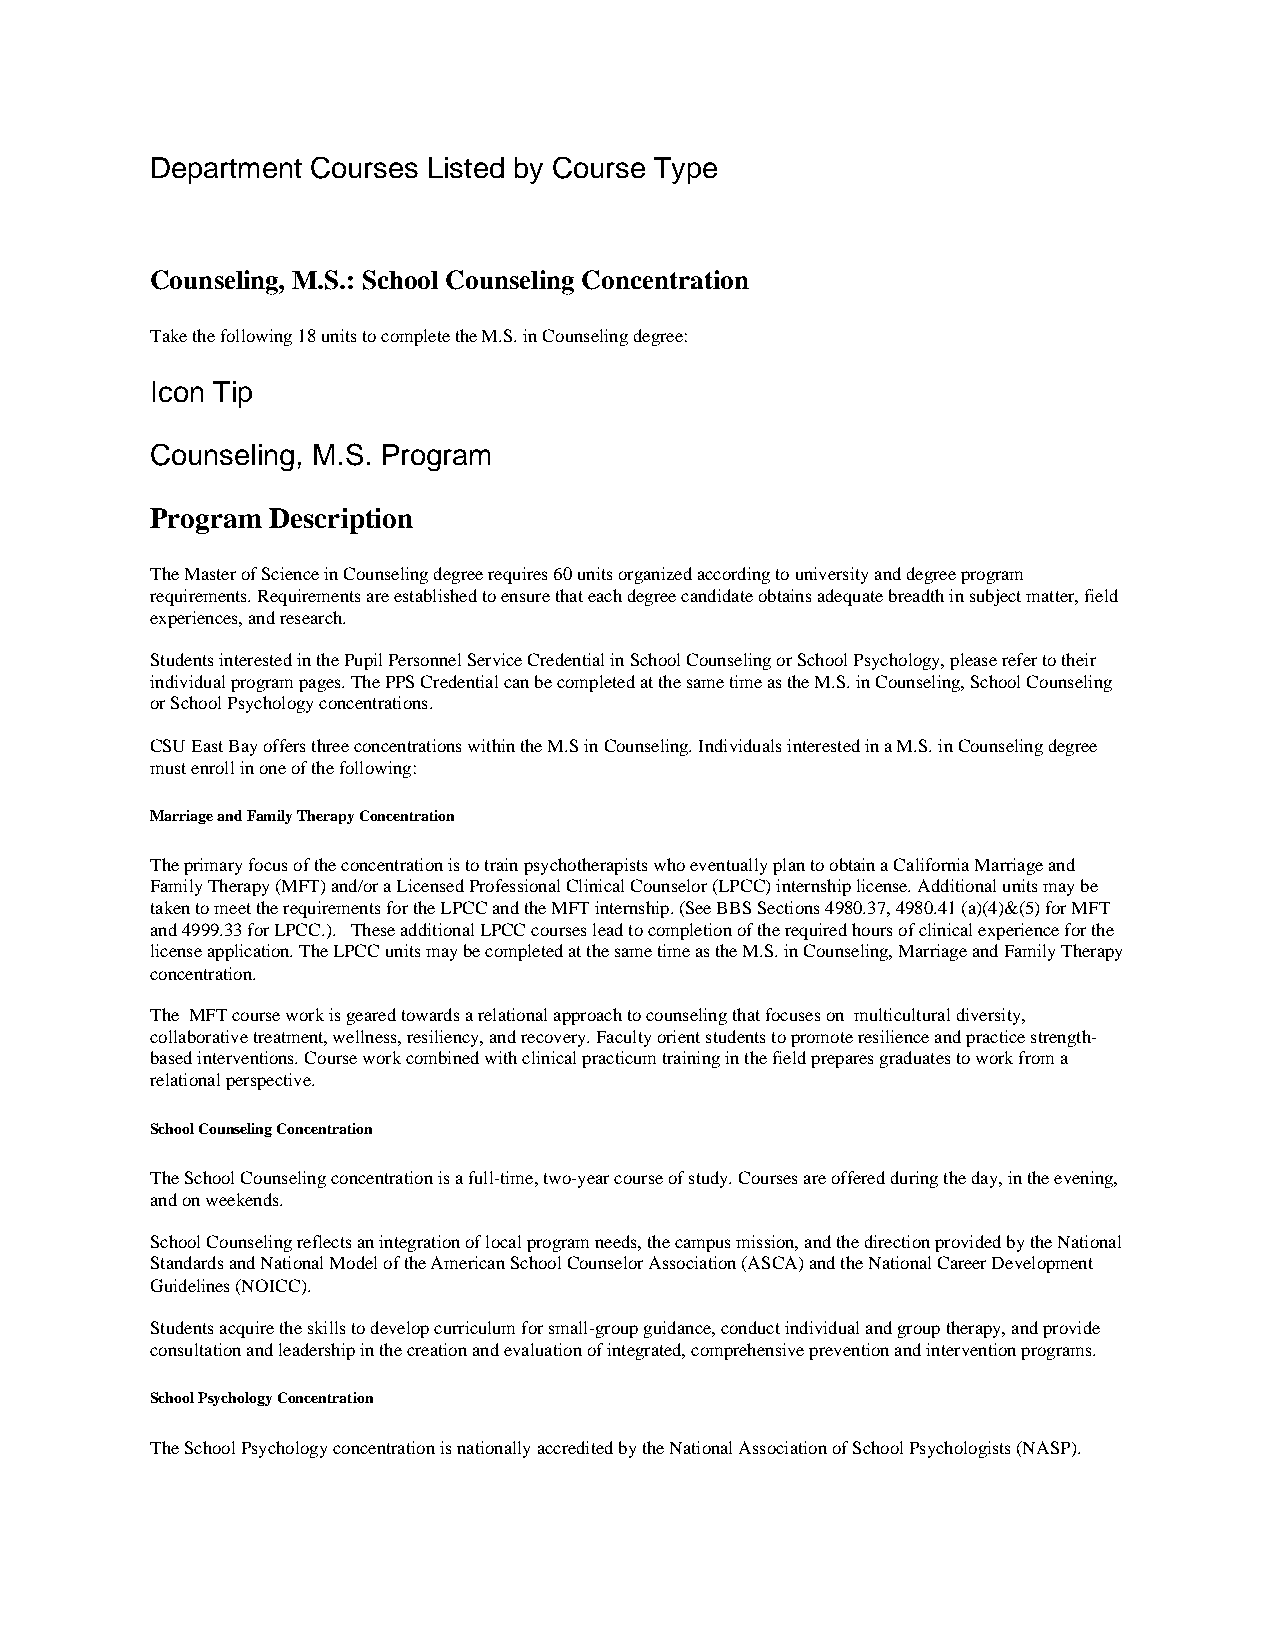
Department Courses Listed by Course Type
 Counseling, M.S.: School Counseling Concentration
 Take the following 18 units to complete the M.S. in Counseling degree:
 Icon Tip
 Counseling, M.S. Program
 Program Description
 The Master of Science in Counseling degree requires 60 units organized according to university and degree program
 requirements. Requirements are established to ensure that each degree candidate obtains adequate breadth in subject matter, field
 experiences, and research.
 Students interested in the Pupil Personnel Service Credential in School Counseling or School Psychology, please refer to their
 individual program pages. The PPS Credential can be completed at the same time as the M.S. in Counseling, School Counseling
 or School Psychology concentrations.
 CSU East Bay offers three concentrations within the M.S in Counseling. Individuals interested in a M.S. in Counseling degree
 must enroll in one of the following:
 Marriage and Family Therapy Concentration
 The primary focus of the concentration is to train psychotherapists who eventually plan to obtain a California Marriage and
 Family Therapy (MFT) and/or a Licensed Professional Clinical Counselor (LPCC) internship license. Additional units may be
 taken to meet the requirements for the LPCC and the MFT internship. (See BBS Sections 4980.37, 4980.41 (a)(4)&(5) for MFT
 and 4999.33 for LPCC.). These additional LPCC courses lead to completion of the required hours of clinical experience for the
 license application. The LPCC units may be completed at the same time as the M.S. in Counseling, Marriage and Family Therapy
 concentration.
 The MFT course work is geared towards a relational approach to counseling that focuses on multicultural diversity,
 collaborative treatment, wellness, resiliency, and recovery. Faculty orient students to promote resilience and practice strength-
 based interventions. Course work combined with clinical practicum training in the field prepares graduates to work from a
 relational perspective.
 School Counseling Concentration
 The School Counseling concentration is a full-time, two-year course of study. Courses are offered during the day, in the evening,
 and on weekends.
 School Counseling reflects an integration of local program needs, the campus mission, and the direction provided by the National
 Standards and National Model of the American School Counselor Association (ASCA) and the National Career Development
 Guidelines (NOICC).
 Students acquire the skills to develop curriculum for small-group guidance, conduct individual and group therapy, and provide
 consultation and leadership in the creation and evaluation of integrated, comprehensive prevention and intervention programs.
 School Psychology Concentration
 The School Psychology concentration is nationally accredited by the National Association of School Psychologists (NASP).